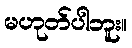
မဟုတ်ပါဘူး။